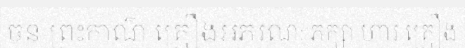
ចន ព្រះកាណ៌ គ្រឿងអភរណៈ ភក្សា ហារ គ្រឿង